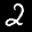
Label: 2